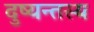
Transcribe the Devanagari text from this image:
दुष्यन्तस्य